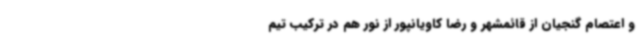
و اعتصام گنجیان از قائمشهر و رضا کاویانپور از نور هم در ترکیب تیم